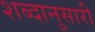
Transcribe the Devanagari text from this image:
शब्दानुसारी